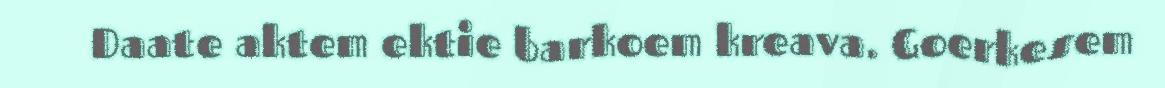
Daate aktem ektie barkoem kreava. Goerkesem